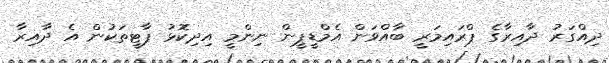
ދިއްގަރު ދާއިރާގެ ޕްރައިމަރީ ބާއްވަން އެމްޑީޕީން ނިންމީ އިދިކޮޅު ޕާޓީތަކުން އެ ދާއިރާ